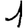
Digit: 1